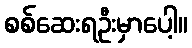
စစ်ဆေးရဦးမှာပေါ့။